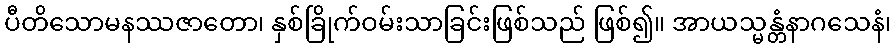
ပီတိသောမနဿဇာတော၊ နှစ်ခြိုက်ဝမ်းသာခြင်းဖြစ်သည် ဖြစ်၍။ အာယသ္မန္တံနာဂသေနံ၊